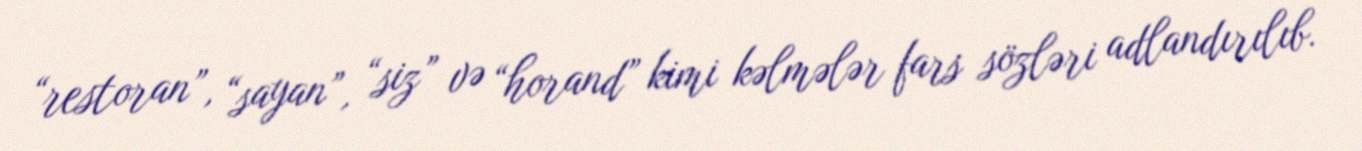
“restoran”, “sayan”, “siz” və “horand” kimi kəlmələr fars sözləri adlandırılıb.